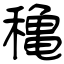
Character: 穐